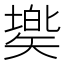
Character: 𥏷